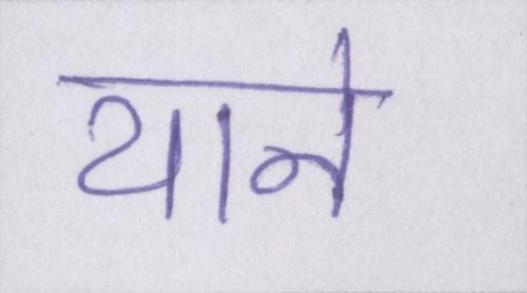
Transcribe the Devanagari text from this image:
याने